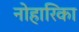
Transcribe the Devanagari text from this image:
नोहारिका